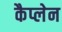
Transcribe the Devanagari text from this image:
कैप्लेन